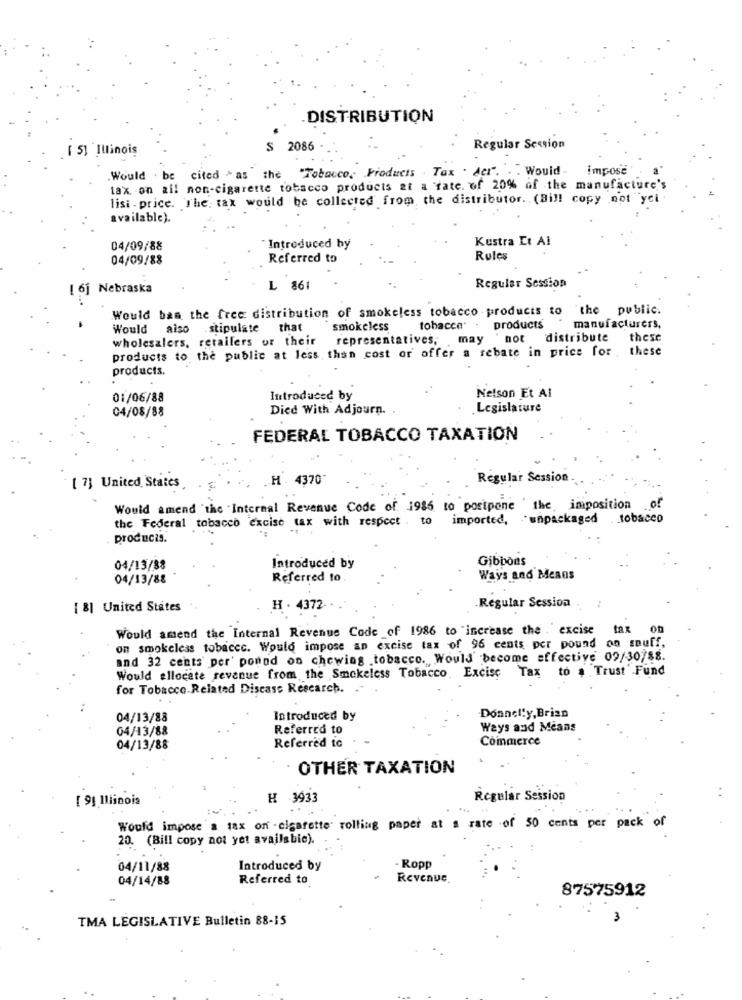
DISTRIBUTION
[ 5] Illinois
S 2086
Regular Section
Would . be cited - as the "Tobacco, Products .Tax . Acr". . . Would- impose
tax on all non-cigarette tobacco products at a rate. of 20% of the manufacture's
lisi . price. The: tax would be collected from the distributor. (Bill copy not yet
available).
Kustra Et Al
04/09/88
Introduced by
04/09/88
Referred to
Rules
Regular Session
[ 6] Nebraska
L 861
Would bas the free distribution of smokeless tobacco products to the public.
Would also .stipulate that
smokeless
tobacco"
products
manufacturers,
wholesalers, retailers or their representatives,
may
not distribute
these
products to the public at less than cost or offer a rebate in price for .
these
products.
01/06/88
Introduced by
Nelson Et Al
04/08/88
Died With Adjourn.
Legislature
FEDERAL TOBACCO TAXATION
.. H . 4370"
Regular Session
[ 7] United States
of
Would amend the Internal Revenue Code of 1986 to postpone the imposition
the Federal tobacco excise tax with respect . to imported,
unpackaged
tobacco
products.
Gibbons
04/13/88
Introduced by
04/13/88
Referred to
Ways and Means
[ 8] United States
H . 4372
Regular Session
Would amend the Internal Revenue Code of 1986 to increase the . excise tax
on smokeless tobacec. Would impose an excise tax of 96 cents per pound on souff,
and 32 cents per' ponad on chewing tobacco. Would become affective 09/30/88.
Would ellocete revenue from the Smokeless Tobacco Excise Tax to a Trust Fund
for Tobacco.Related Disease Research.
Donnelly, Brian
04/13/88
Introduced by
04/13/88
Referred to
Ways and Means
Referred to
Commerce
04/13/88
OTHER TAXATION
[ 9] Illinois
H 3933
Regular Session
Would impose'a tax on - cigarette rolling paper at a rate of 50 cents per pack of
20. (Bill copy not yet availsbie).
04/11/88
Introduced by
- Ropp
04/14/88
Referred to
Revenue.
87575912
TMA LEGISLATIVE Bulletin 88-15